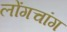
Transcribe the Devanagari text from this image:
लोंगचांग